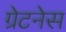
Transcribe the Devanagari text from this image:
ग्रेटनेस